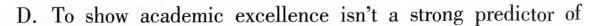
D.To show academic excellence isn't a strong predictor of career performance.